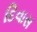
દિવાસ